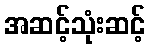
အဆင့်သုံးဆင့်